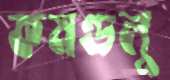
কমণ্ডলু